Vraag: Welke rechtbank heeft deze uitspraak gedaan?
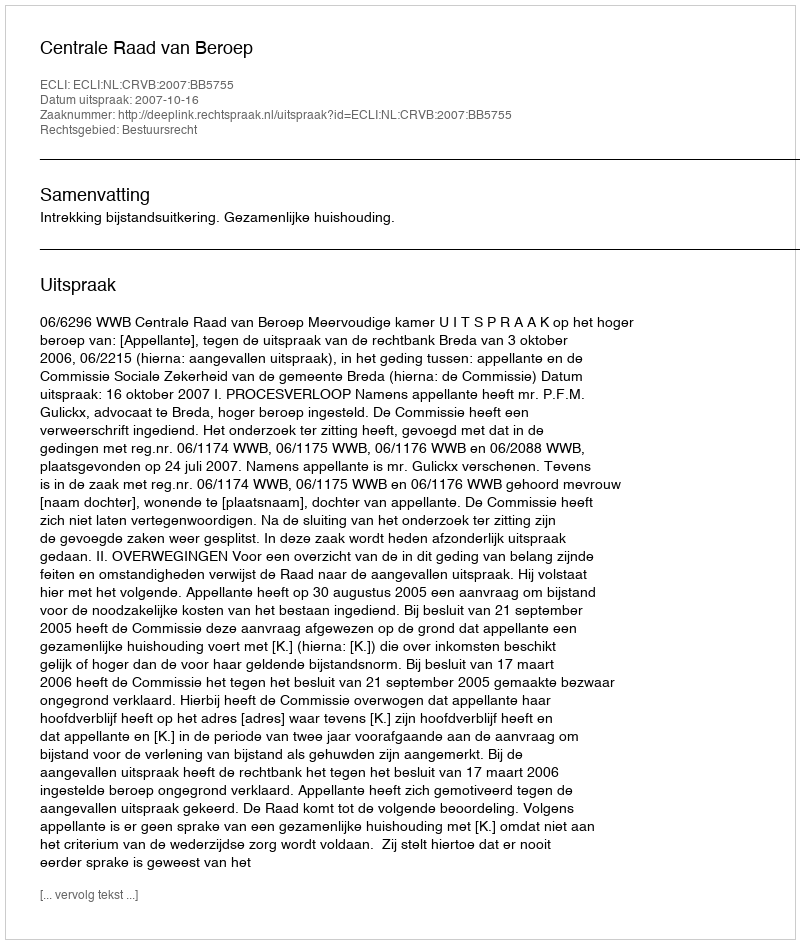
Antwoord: Centrale Raad van Beroep